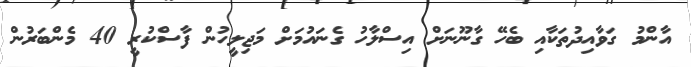
އާންމު ގަވާއިދުތަކާއި ބެހޭ ގާނޫނަށް އިސްލާހު ގެނައުމަށް މަޖިލީހުން ފާސްކުރީ 40 މެންބަރުން